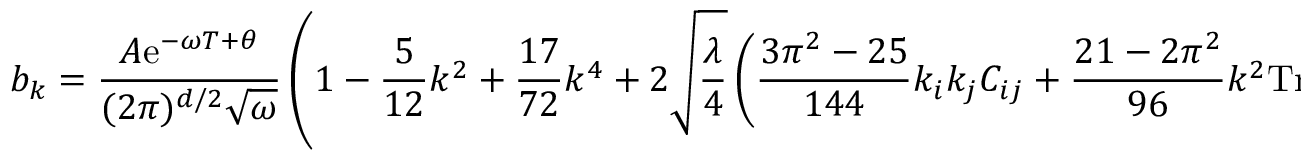
b _ { k } = \frac { A \mathrm { e } ^ { - \omega T + \theta } } { ( 2 \pi ) ^ { d / 2 } \sqrt { \omega } } \left( 1 - \frac { 5 } { 1 2 } k ^ { 2 } + \frac { 1 7 } { 7 2 } k ^ { 4 } + 2 \sqrt { \frac { \lambda } { 4 } } \left( \frac { 3 \pi ^ { 2 } - 2 5 } { 1 4 4 } k _ { i } k _ { j } C _ { i j } + \frac { 2 1 - 2 \pi ^ { 2 } } { 9 6 } k ^ { 2 } \mathrm { T r } C _ { i j } \right) \right)